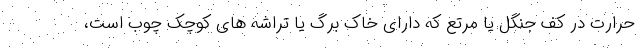
حرارت در کف جنگل یا مرتع که دارای خاک برگ یا تراشه های کوچک چوب است،